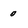
Character: 0